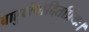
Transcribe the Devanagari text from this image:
बाहुक्षेपोदितप्रियः।